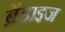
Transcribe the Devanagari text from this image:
ब्रेंडाइज